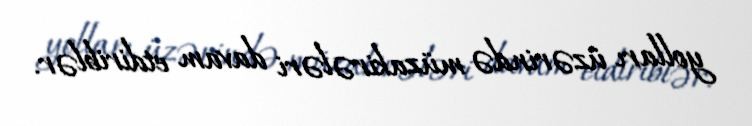
yolları üzərində müzakirələri davam etdiriblər.